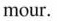
mour.